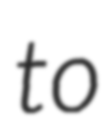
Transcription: to